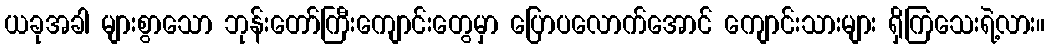
ယခုအခါ များစွာသော ဘုန်းတော်ကြီးကျောင်းတွေမှာ ပြောပလောက်အောင် ကျောင်းသားများ ရှိကြသေးရဲ့လား။